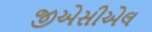
જીએસીએલ